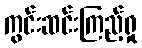
ကွင်းဆင်းကြည့်ရှု